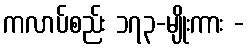
ကလာပ်စည်း ၁၇၃-မျိုးကား -